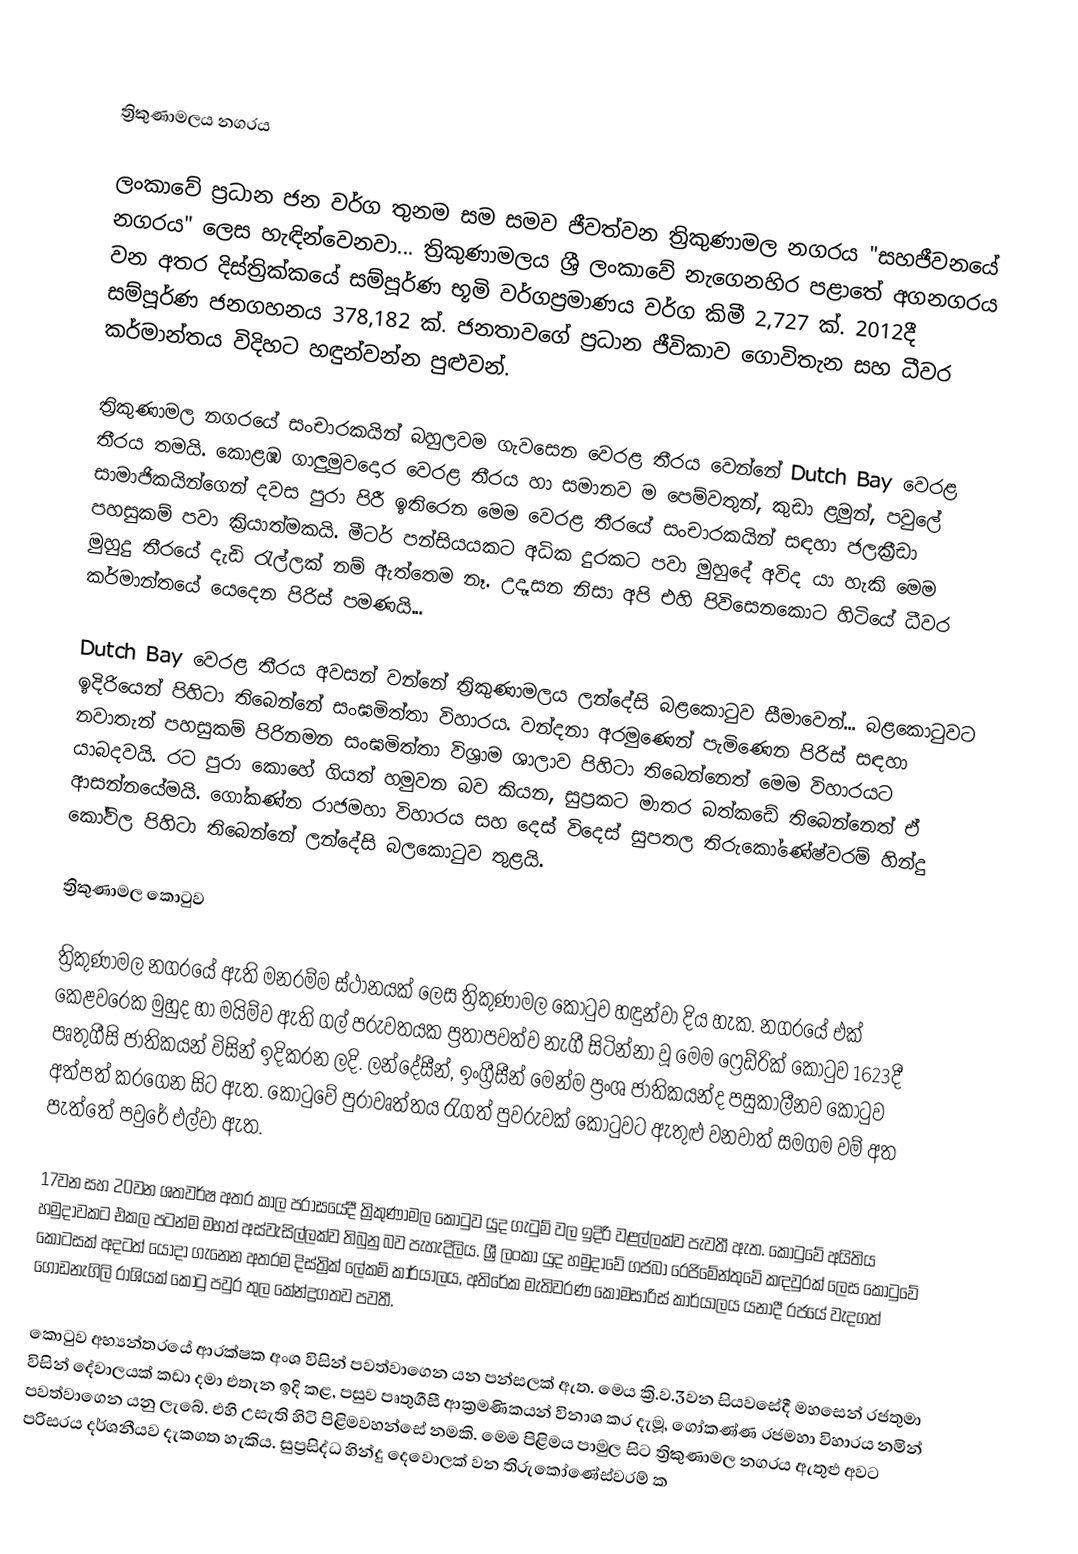

ත්‍රිකුණාමලය නගරය

ලංකාවේ ප්‍රධාන ජන වර්ග තුනම සම සමව ජීවත්වන ත්‍රිකුණාමල නගරය "සහජීවනයේ නගරය" ලෙස හැඳින්වෙනවා... ත්‍රිකුණාමලය ශ්‍රී ලංකාවේ නැගෙනහිර පළාතේ අගනගරය වන අතර දිස්ත්‍රික්කයේ සම්පූර්ණ භූමි වර්ගප්‍රමාණය වර්ග කිමී 2,727 ක්. 2012දී සම්පූර්ණ ජනගහනය 378,182 ක්. ජනතාවගේ ප්‍රධාන ජීවිකාව ගොවිතැන සහ ධීවර කර්මාන්තය විදිහට හඳුන්වන්න පුළුවන්.

ත්‍රිකුණාමල නගරයේ සංචාරකයින් බහුලවම ගැවසෙන වෙරළ තීරය වෙන්නේ Dutch Bay වෙරළ තීරය තමයි. කොළඹ ගාලුමුවදොර වෙරළ තීරය හා සමානව ම පෙම්වතුන්, කුඩා ළමුන්, පවුලේ සාමාජිකයින්ගෙන් දවස පුරා පිරී ඉතිරෙන මෙම වෙරළ තීරයේ සංචාරකයින් සඳහා ජලක්‍රීඩා පහසුකම් පවා ක්‍රියාත්මකයි. මීටර් පන්සියයකට අධික දුරකට පවා මුහුදේ අවිද යා හැකි මෙම මුහුදු තීරයේ දැඩි රැල්ලක් නම් ඇත්තෙම නෑ. උදෑසන නිසා අපි එහි පිවිසෙනකොට හිටියේ ධීවර කර්මාන්තයේ යෙදෙන පිරිස් පමණයි...

Dutch Bay වෙරළ තීරය අවසන් වන්නේ ත්‍රිකුණාමලය ලන්දේසි බළකොටුව සීමාවෙන්... බළකොටුවට ඉදිරියෙන් පිහිටා තිබෙන්නේ සංඝමිත්තා විහාරය. වන්දනා අරමුණෙන් පැමිණෙන පිරිස් සඳහා නවාතැන් පහසුකම් පිරිනමන සංඝමිත්තා විශ්‍රාම ශාලාව පිහිටා තිබෙන්නෙත් මෙම විහාරයට යාබදවයි. රට පුරා කොහේ ගියත් හමුවන බව කියන, සුප්‍රකට මාතර බත්කඩේ තිබෙන්නෙත් ඒ ආසන්නයේමයි. ගෝකණ්න රාජමහා විහාරය සහ දෙස් විදෙස් සුපතල තිරුකෝණේෂ්වරම් හින්දු කෝවිල පිහිටා තිබෙන්නේ ලන්දේසි බලකොටුව තුළයි.

ත්‍රිකුණාමල කොටුව

ත්‍රිකුණාමල නගරයේ ඇති මනරම්ම ස්ථානයක් ලෙස ත්‍රිකුණාමල කොටුව හඳුන්වා දිය හැක. නගරයේ එක් කෙළවරෙක මුහුද හා මයිම්ව ඇති ගල් පරුවතයක ප්‍රතාපවත්ව නැගී සිටින්නා වූ මෙම ෆ්‍රෙඩ්රික් කොටුව 1623දී පෘතුගීසි ජාතිකයන් විසින් ඉදිකරන ලදි. ලන්දේසීන්, ඉංග්‍රීසීන් මෙන්ම ප්‍රංශ ජාතිකයන්ද පසුකාලීනව කොටුව අත්පත් කරගෙන සිට ඇත. කොටුවේ පුරාවෘත්තය රැගත් පුවරුවක් කොටුවට ඇතුළු වනවාත් සමගම වම් අත පැත්තේ පවුරේ එල්වා ඇත.

17වන සහ 20වන ශතවර්ෂ අතර කාල පරාසයේදී ත්‍රිකුණාමල කොටුව යුද ගැටුම් වල ඉදිරි වළල්ලක්ව පැවතී ඇත. කොටුවේ අයිතිය හමුදාවකට එකල පටන්ම මහත් අස්වැසිල්ලක්ව තිබුනු බව පැහැදිලිය. ශ්‍රී ලංකා යුද හමුදාවේ ගජබා රෙජිමේන්තුවේ කඳවුරක් ලෙස කොටුවේ කොටසක් අදටත් යොදා ගැනෙන අතරම දිස්ත්‍රික් ලේකම් කාර්යාලය, අතිරේක මැතිවරණ කොමසාරිස් කාර්යාලය යනාදී රජයේ වැදගත් ගොඩනැගිලි රාශියක් කොටු පවුර තුල කේන්ද්‍රගතව පවතී.

කොටුව අභ්‍යන්තරයේ ආරක්ෂක අංශ විසින් පවත්වාගෙන යන පන්සලක් ඇත. මෙය ක්‍රි.ව.3වන සියවසේදී මහසෙන් රජතුමා විසින් දේවාලයක් කඩා දමා එතැන ඉදි කළ, පසුව පෘතුගීසී ආක්‍රමණිකයන් විනාශ කර දැමූ, ගෝකණ්ණ රජමහා විහාරය නමින් පවත්වාගෙන යනු ලැබේ. එහි උසැති හිටි පිළිමවහන්සේ නමකි. මෙම පිළිමය පාමුල සිට ත්‍රිකුණාමල නගරය ඇතුළු අවට පරිසරය දර්ශනීයව දැකගත හැකිය. සුප්‍රසිද්ධ හින්දු දෙවොලක් වන තිරුකෝණේස්වරම්  ක